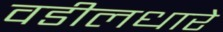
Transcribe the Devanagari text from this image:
वडीलधारे